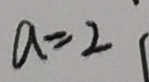
a = 2 1